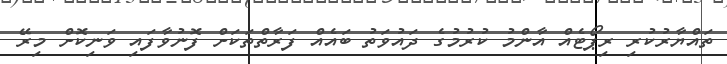
ތައްޔާރުކުރި ރިޕޯޓެއް އާންމު ކުރުމުގެ ދައުވަތު ބައެއް ފަރާތްތަކަށް ފޮނުވާފައި ވަނިކޮށް މިރޭ